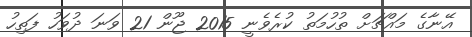
އޭނާގެ މައްޗަށް ތުހުމަތު ކުރެވެނީ 2015 ޖޫން 21 ވަނަ ދުވަހު ފަތިހު